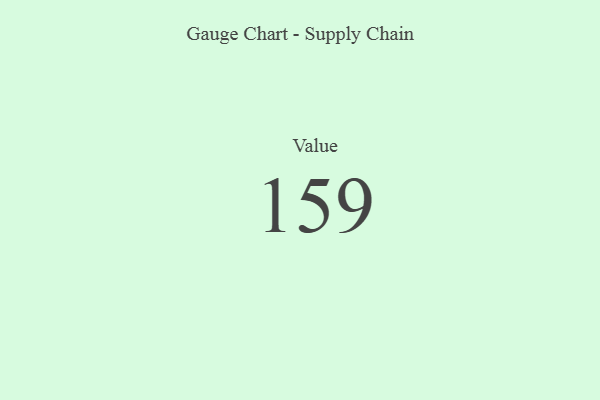
{"axis": {"x": "Metric", "y": "Value"}, "legend": [""], "data": [{"x": "Value", "y": 159, "type": ""}]}